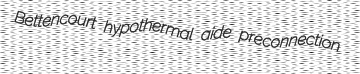
Bettencourt hypothermal aide preconnection